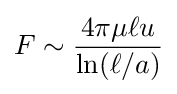
F\sim {\frac {4\pi \mu \ell u}{\ln(\ell /a)}}